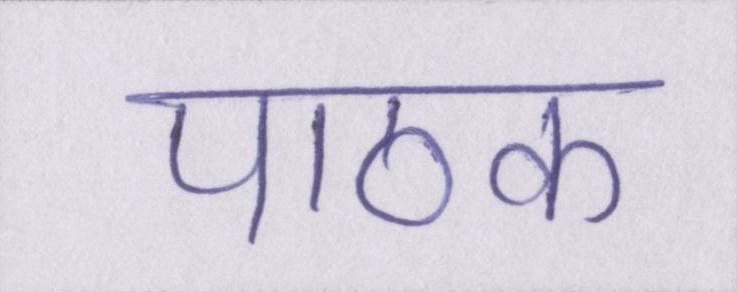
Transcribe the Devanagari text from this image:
पाठक